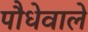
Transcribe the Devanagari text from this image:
पौधेवाले